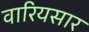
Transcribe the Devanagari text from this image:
वारियसार